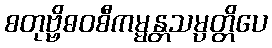
စတုဗ္ဗိဓဝစီကမ္မန္တသမ္ပတ္တိပေ